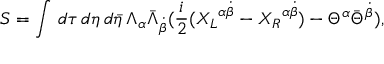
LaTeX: S = \int \, d \tau \, d \eta \, d { \bar { \eta } } \, \Lambda _ { \alpha } { \bar { \Lambda } } _ { \dot { \beta } } ( { \frac { i } { 2 } } ( { X _ { L } } ^ { \alpha \dot { \beta } } - { X _ { R } } ^ { \alpha \dot { \beta } } ) - \Theta ^ { \alpha } { \bar { \Theta } } ^ { \dot { \beta } } ) ,